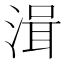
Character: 湒